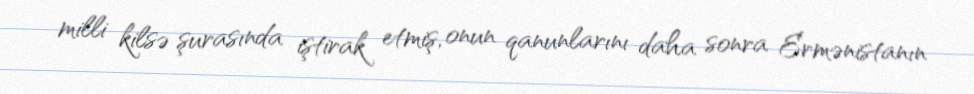
milli kilsə şurasında iştirak etmiş, onun qanunlarını daha sonra Ermənistanın